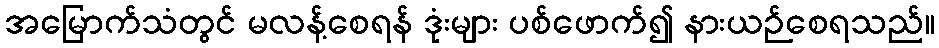
အမြောက်သံတွင် မလန့်စေရန် ဒုံးများ ပစ်ဖောက်၍ နားယဉ်စေရသည်။